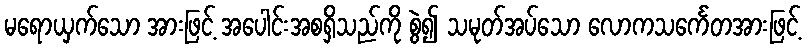
မရောယှက်သော အားဖြင့် အပေါင်းအစရှိသည်ကို စွဲ၍ သမုတ်အပ်သော လောကသင်္ကေတအားဖြင့်